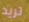
تريد